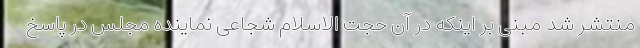
منتشر شد مبنی بر اینکه در آن حجت الاسلام شجاعی نماینده مجلس در پاسخ